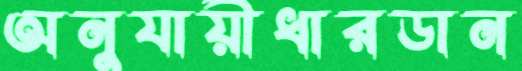
অনুযায়ীধারডান